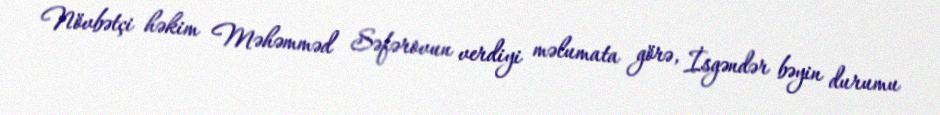
Növbətçi həkim Məhəmməd Səfərovun verdiyi məlumata görə, İsgəndər bəyin durumu